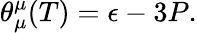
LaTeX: \theta_{\mu}^{\mu}(T)=\epsilon-3P.